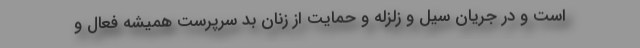
است و در جریان سیل و زلزله و حمایت از زنان بد سرپرست همیشه فعال و